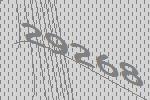
29268